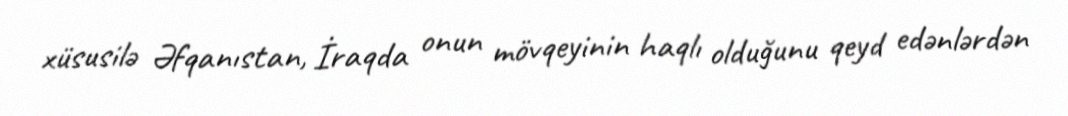
xüsusilə Əfqanıstan, İraqda onun mövqeyinin haqlı olduğunu qeyd edənlərdən